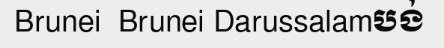
Brunei  Brunei Darussalamបង់